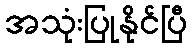
အသုံးပြုနိုင်ပြီ